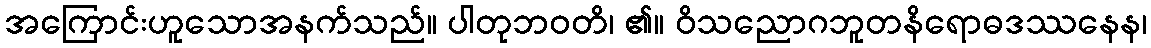
အကြောင်းဟူသောအနက်သည်။ ပါတုဘဝတိ၊ ၏။ ဝိသညောဂဘူတနိရောဓဒဿနေန၊